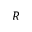
R